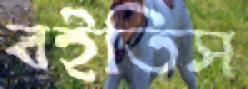
বইতিস